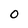
Character: O